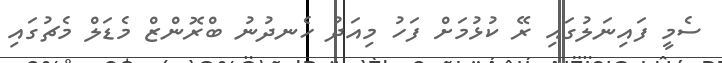
ސެމީ ފައިނަލުގައި ރޭ ކުޅުމަށް ފަހު މިއަދު ހެނދުނު ބްރޮންޒް މެޑަލް މެޗުގައި